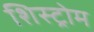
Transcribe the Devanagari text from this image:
शिस्ट्रोम